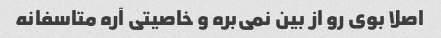
اصلا بوی رو از بین نمی‌بره و خاصیتی آره متاسفانه